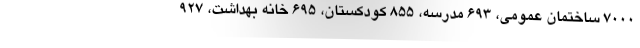
۷۰۰۰ ساختمان عمومی، ۶۹۳ مدرسه، ۸۵۵ کودکستان، ۶۹۵ خانه بهداشت، ۹۲۷